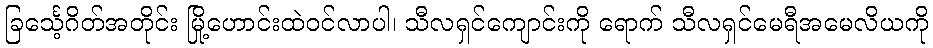
ခြင်္သေ့ဂိတ်အတိုင်း မြို့ဟောင်းထဲဝင်လာပါ၊ သီလရှင်ကျောင်းကို ရောက် သီလရှင်မေရီအမေလိယကို